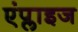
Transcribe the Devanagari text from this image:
एंप्लाइज